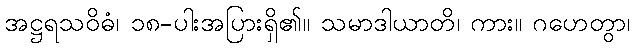
အဋ္ဌရသဝိဓံ၊ ၁၈-ပါးအပြားရှိ၏။ သမာဒါယာတိ၊ ကား။ ဂဟေတွာ၊